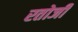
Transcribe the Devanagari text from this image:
रतोजी